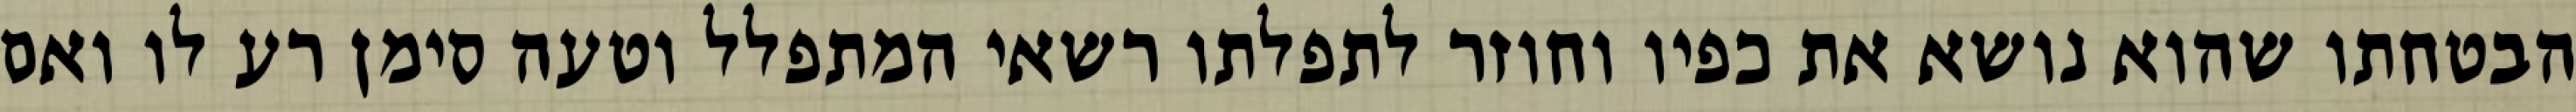
הבטחתו שהוא נושא את כפיו וחוזר לתפלתו רשאי המתפלל וטעה סימן רע לו ואם